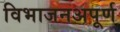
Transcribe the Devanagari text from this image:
विभाजनअपूर्ण